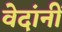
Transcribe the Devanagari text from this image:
वेदांनीं